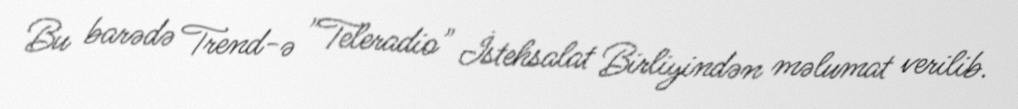
Bu barədə Trend-ə "Teleradio" İstehsalat Birliyindən məlumat verilib.